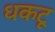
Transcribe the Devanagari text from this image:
धकटू